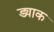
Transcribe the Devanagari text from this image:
ड्याक